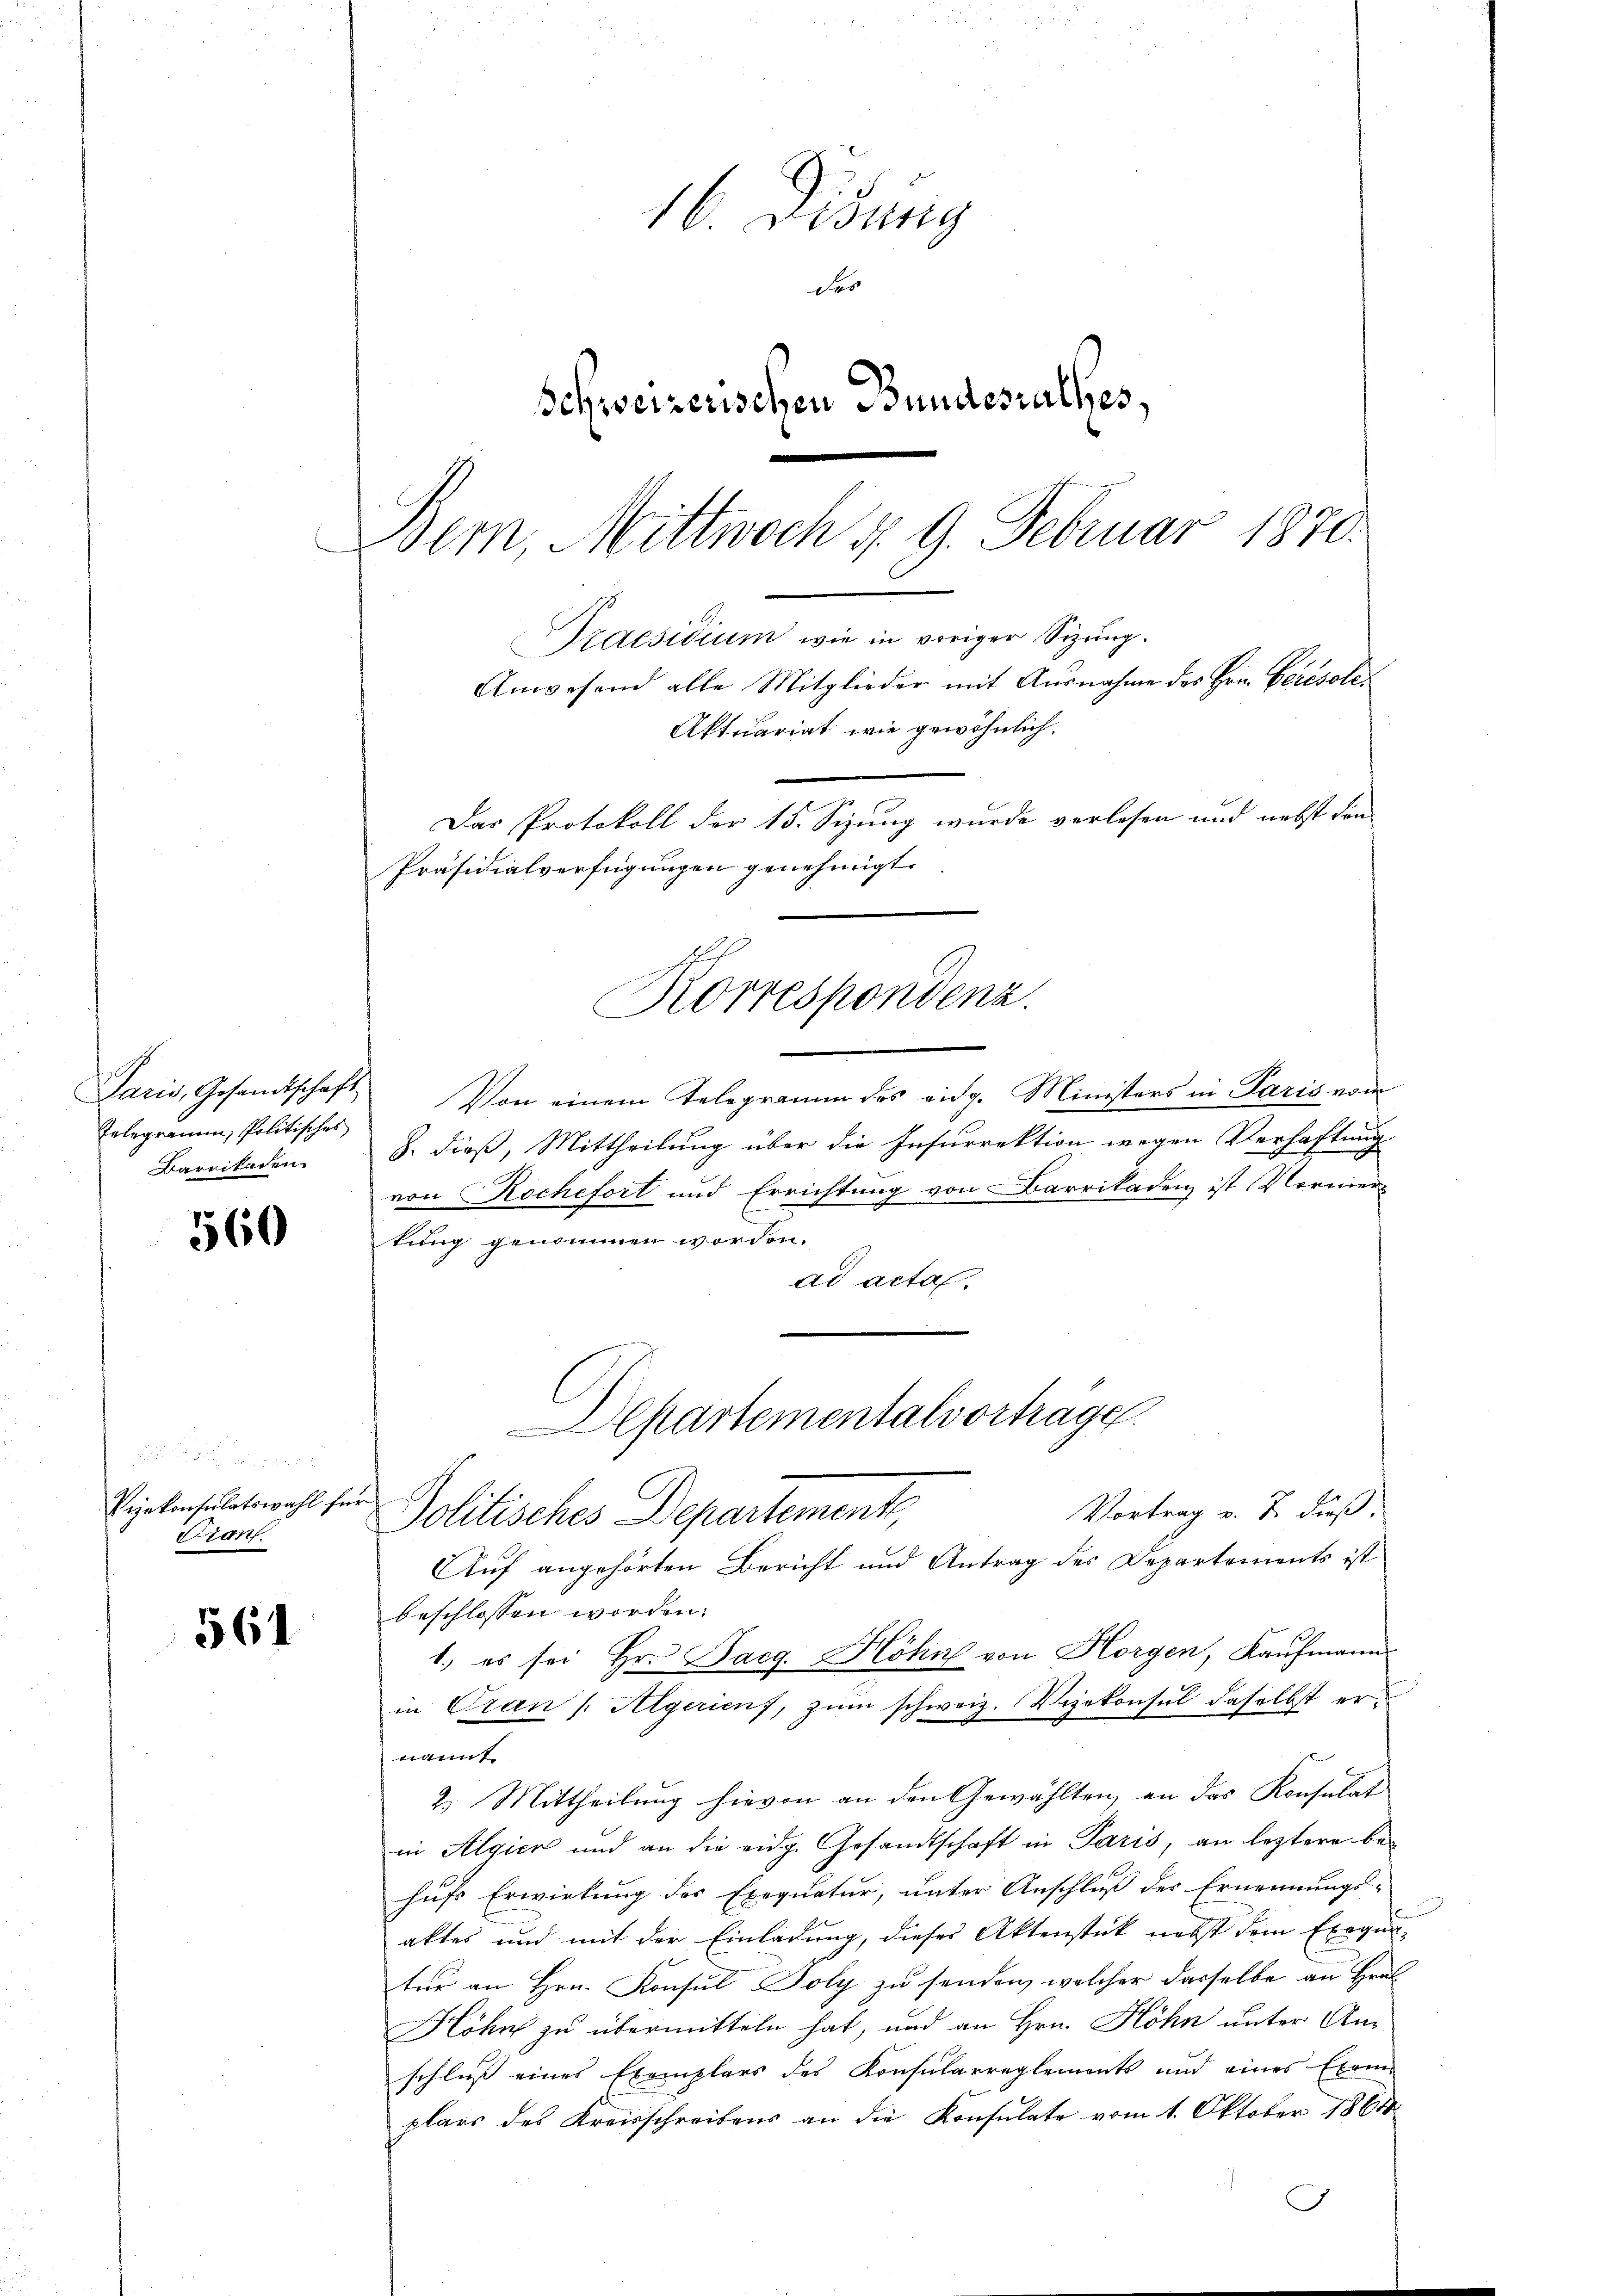
Telegramm, Politisches
Barrikaren.

560

d
Vejekonsulatswahl für
Franz.

561

16. Disung
des
Schweizerischen Bundesrathes,
Bem, Mittwoch §. 9. Februar 1870.
Praesidium wie in voriger Sizung.
Anwesend alle Mitglieder mit Ausnahme des Hrn. Berésole

.
Das Protokoll der 15. Sizung wurde verlesen und nebst von
Präsidialverfügungen genehmigt.
Korrespondenz.

Aktuariat wie gewöhnlich.

Departementalvortrage
Vortrag v. J. dieß.
Politisches Departemente,

Paris, Gesandtschaft Von einem Telegramm des eidg. Ministers in Paris vom
8. dieß, Mittheilung über die Insurrektion wegen Verhaftung
von Rochefort und Errichtung von Barrikaden ist Vormer
tung genommen worden.
ad acta.
Auf angehörten Bericht und Antrag des Departements ist
beschlossen worden.
1., es sei Hr. Daeg. Höhn von Horgen, Kaufmann
in Gran / Algericus, zum schweiz. Vizekonsul daselbst ernannt
2. Mittheilung hievon an den Gewählten, an das Konsulat
in Algien und an die eidg. Gesandtschaft in Paris, an leztere be-
hufs Erwirkung der Exequatur, unter Anschluß der Ernennungs-
aktes und mit der Einladung, dieses Aktenstück nebst dem Exegen-
tur an Hrn. Konsul Toly zu senden, welcher dasselbe an Hrn.
Höhn zu übermitteln hat, und an Hrn. Höhn unter Anschließ eines Exemplars des Konsularreglements und eines Exem-
plars des Kreisschreibens an die Konsulate vom 1. Oktober 1864